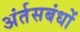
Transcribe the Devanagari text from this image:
अंर्तसबंधों